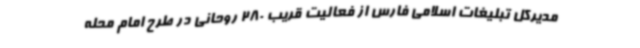
مدیرکل تبلیغات اسلامی فارس از فعالیت قریب 280 روحانی در طرح امام محله